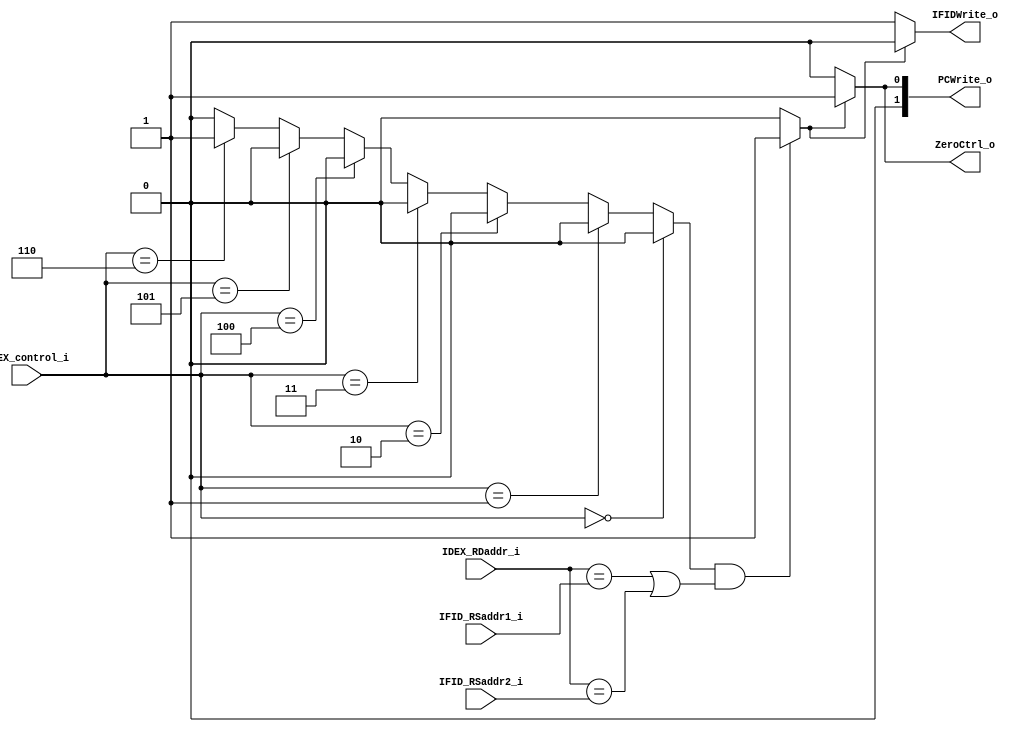
module Hazard_Detection (
	IFID_RSaddr1_i,
	IFID_RSaddr2_i,
	IDEX_control_i,
	IDEX_RDaddr_i,
	PCWrite_o,
	IFIDWrite_o,
	ZeroCtrl_o
);

input [4:0] IFID_RSaddr1_i;
input [4:0] IFID_RSaddr2_i;
input [3:0] IDEX_control_i;     //yo
input [4:0]	IDEX_RDaddr_i;
output [1:0] PCWrite_o;
output IFIDWrite_o;
output ZeroCtrl_o;



reg hazard;
wire IDEX_MemRead;

assign IDEX_MemRead = (IDEX_control_i == 4'b0000) ? 0: // or
                 	  (IDEX_control_i == 4'b0001) ? 0: // and
                 	  (IDEX_control_i == 4'b0010) ? 0: // add
                 	  (IDEX_control_i == 4'b0011) ? 0: // sub
                 	  (IDEX_control_i == 4'b0100) ? 0: // mul
                 	  (IDEX_control_i == 4'b0101) ? 0: // addi
                 	  (IDEX_control_i == 4'b0110) ? 1: // lw
                 	  (IDEX_control_i == 4'b0111) ? 0: // sw
                 	  (IDEX_control_i == 4'b1000) ? 0: // beq
                 	  {1'b0};


always@ (*) begin
	// Hazard detection
	if (IDEX_MemRead && ((IDEX_RDaddr_i == IFID_RSaddr1_i) || (IDEX_RDaddr_i == IFID_RSaddr2_i)))
		hazard = 2'b1;
	else
		hazard = 2'b0;
end

assign PCWrite_o = (hazard)? {2'b01}: {2'b00};
assign IFIDWrite_o = (hazard)? 0: 1;
assign ZeroCtrl_o = (hazard)? 1: 0;

endmodule